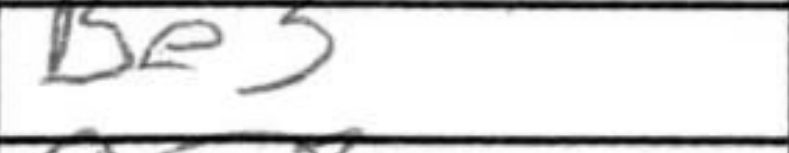
Transcription: Be3